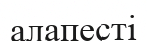
алапесті